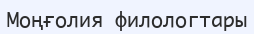
Моңғолия филологтары